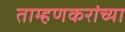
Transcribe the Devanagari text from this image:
ताम्हणकरांच्या